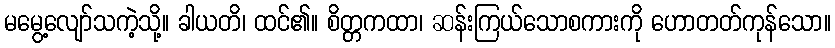
မမွေ့လျော်သကဲ့သို့။ ခါယတိ၊ ထင်၏။ စိတ္တကထာ၊ ဆန်းကြယ်သောစကားကို ဟောတတ်ကုန်သော။